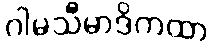
ဂါမသီမာဒိကထာ